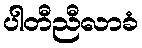
ပါတီညီလာခံ